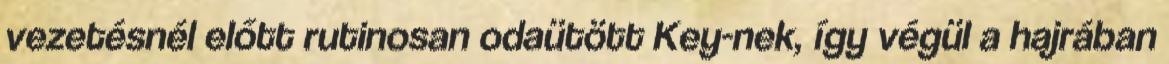
vezetésnél előtt rutinosan odaütött Key-nek, így végül a hajrában